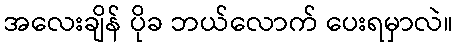
အလေးချိန် ပိုခ ဘယ်လောက် ပေးရမှာလဲ။